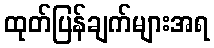
ထုတ်ပြန်ချက်များအရ